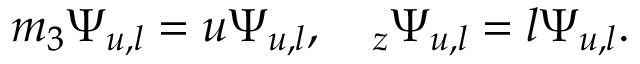
m _ { 3 } \Psi _ { u , l } = u \Psi _ { u , l } , ~ ~ ~ \L _ { z } \Psi _ { u , l } = l \Psi _ { u , l } .